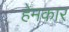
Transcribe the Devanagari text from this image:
हेमकार